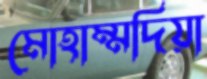
মোহাম্মদিয়া